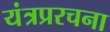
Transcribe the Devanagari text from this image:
यंत्रप्ररचना